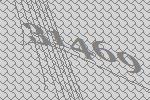
31469